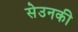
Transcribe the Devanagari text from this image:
सेउनकी